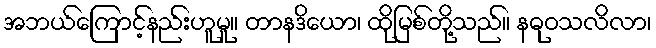
အဘယ်ကြောင့်နည်းဟူမူ။ တာနဒိယော၊ ထိုမြစ်တို့သည်။ နဓုဝသလိလာ၊